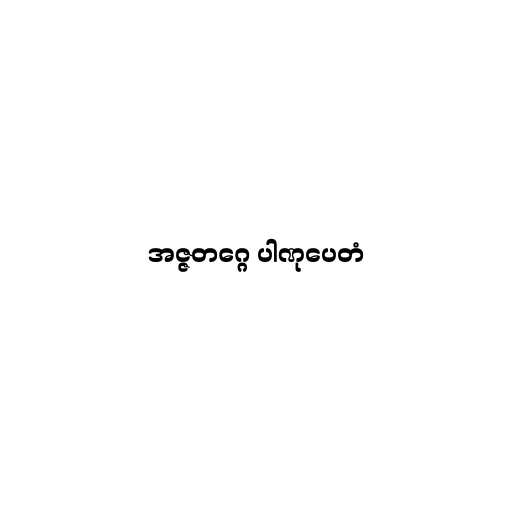
အဇ္ဇတဂ္ဂေ ပါဏုပေတံ